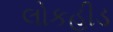
લોકહીડ